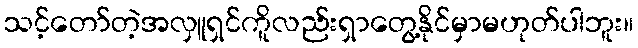
သင့်တော်တဲ့အလှူရှင်ကိူလည်းရှာတွေ့နိုင်မှာမဟုတ်ပါဘူး။